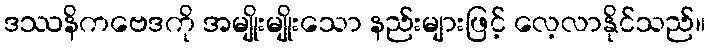
ဒဿနိကဗေဒကို အမျိုးမျိုးသော နည်းများဖြင့် လေ့လာနိုင်သည်။